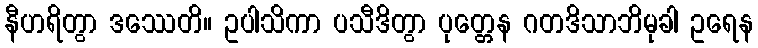
နီဟရိတွာ ဒဿေတိ။ ဥပါသိကာ ပသီဒိတွာ ပုတ္တေန ဂတဒိသာဘိမုခါ ဥရေန